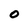
Character: 0